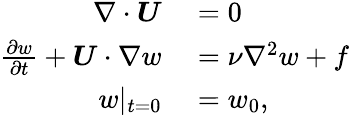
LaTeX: \begin{array}{rl}{\nabla\cdot\boldsymbol{U}}&{{}=0}\\ {\frac{\partial w}{\partial t}+\boldsymbol{U}\cdot\nabla w}&{{}=\nu\nabla^{2}w+f}\\ {w|_{t=0}}&{{}=w_{0},}\end{array}